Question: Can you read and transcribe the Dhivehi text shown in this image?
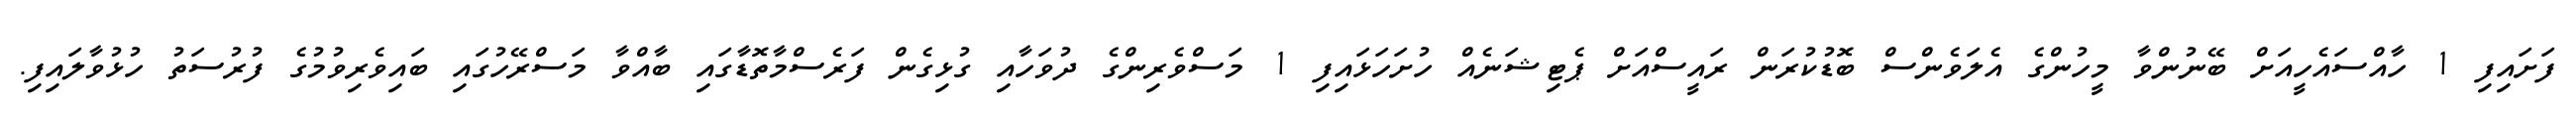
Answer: ފަށައިފި 1 ހާއްސައެހީއަށް ބޭނުންވާ މީހުންގެ އެލަވެންސް ބޮޑުކުރަން ރައީސްއަށް ޕެޓިޝަނެއް ހުށަހަޅައިފި 1 މަސްވެރިންގެ ދުވަހާއި ގުޅިގެން ފަރެސްމާތޮޑާގައި ބާއްވާ މަސްރޭހުގައި ބައިވެރިވުމުގެ ފުރުސަތު ހުޅުވާލައިފި.